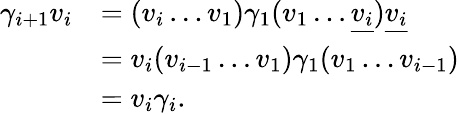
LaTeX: \begin{array}{rl}{\gamma_{i+1}v_{i}}&{=(v_{i}\ldots v_{1})\gamma_{1}(v_{1}\ldots\underline{{v_{i}}})\underline{{v_{i}}}}\\ &{=v_{i}(v_{i-1}\ldots v_{1})\gamma_{1}(v_{1}\ldots v_{i-1})}\\ &{=v_{i}\gamma_{i}.}\end{array}